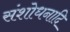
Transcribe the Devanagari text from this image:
संशोधनादि